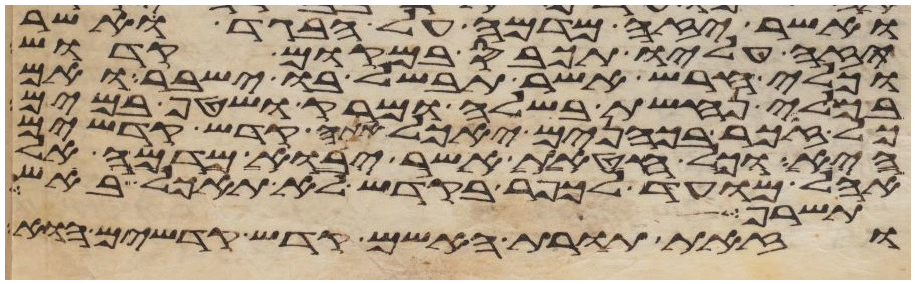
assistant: ואשר יזה מדמה על הבגד אשר
תזה עליו יכבס במקום קדוש
וכלי חרש אשר תבשל בו ישבר ואם
בכלי נחשת בשלה ומרק ושטף במים
כל זכר בכהנים יאכל אתה קדש קדשים
היא וכל חטאת אשר יבוא מדמה אל
אהל מועד לכפר בקדש לא תאכל באש
תשרף
וזאת תורת האשם קדש קדשים הוא